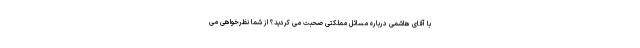
با آقای هاشمی درباره مسائل مملکتی صحبت می کردید؟ از شما نظرخواهی می